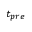
t _ { p r e }